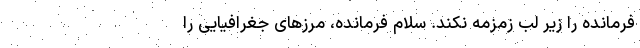
فرمانده را زیر لب زمزمه نکند‌. سلام فرمانده، مرزهای جغرافیایی را